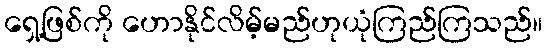
ရှေ့ဖြစ်ကို ဟောနိုင်လိမ့်မည်ဟုယုံကြည်ကြသည်။